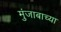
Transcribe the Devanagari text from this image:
मुंजाबाच्या